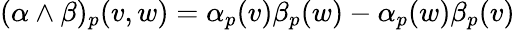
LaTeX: (\alpha\wedge\beta)_{p}(v,w)=\alpha_{p}(v)\beta_{p}(w)-\alpha_{p}(w)\beta_{p}(v)